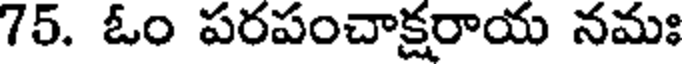
75. ఓం పరపంచాక్షరాయ నమః